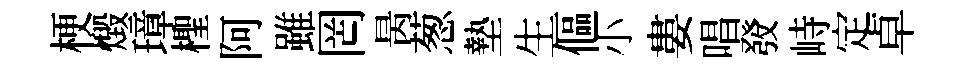
梗燬璋檉阿雖罔昺葱墊生傴小婁唱𤼲峙定卓